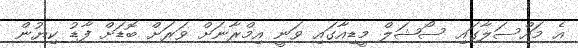
އެ މައްސަލާގައި ސޯޝަލް މީޑިއާގައި ވަނީ އިމްރާނަށް ވަރަށް ބޮޑަށް ފާޑު ކިޔުން